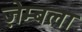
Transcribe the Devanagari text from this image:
ज़ेम्बला